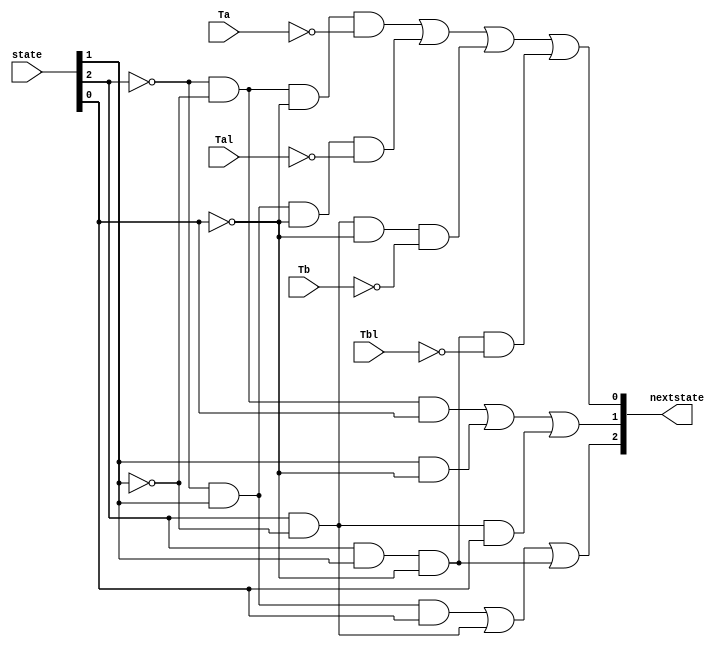
module ns_logic(Ta, Tb, Tal, Tbl, state, nextstate);
	input [2:0] state;			// 3bits input
	input Ta, Tb, Tal, Tbl;		// 4 inputs
	output[2:0] nextstate;		// 3bits output
	
	//d2 = 'q2q1q0 + q2'q1 + q2q1'q0
	assign nextstate[2] = ((~state[2])&(state[1])&(state[0])) | ((state[2])&(~state[1])) | ((state[2])&(state[1])&(~state[0]));
	//d1 = 'q2'q1q0 + q1'q0 + q2'q1q0
	assign nextstate[1] = ((~state[2])&(~state[1])&(state[0])) | ((state[1])&(~state[0])) | ((state[2])&(~state[1])&(state[0]));
	//d1 = 'q2'q1'q0'Ta + 'q2q1'q0'Tal + q2'q1'q0'Tb + q2q1'q0'Tbl
	assign nextstate[0] = ((~state[2])&(~state[1])&(~state[0])&(~Ta)) | ((~state[2])&(state[1])&(~state[0])&(~Tal)) | 
								 ((state[2])&(~state[1])&(~state[0])&(~Tb)) | ((state[2])&(state[1])&(~state[0])&(~Tbl));
							
endmodule